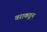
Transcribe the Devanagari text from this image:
वराकडून